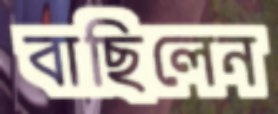
বাছিলেন